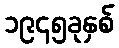
၁၉၄၅ခုနှစ်